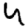
Digit: 4